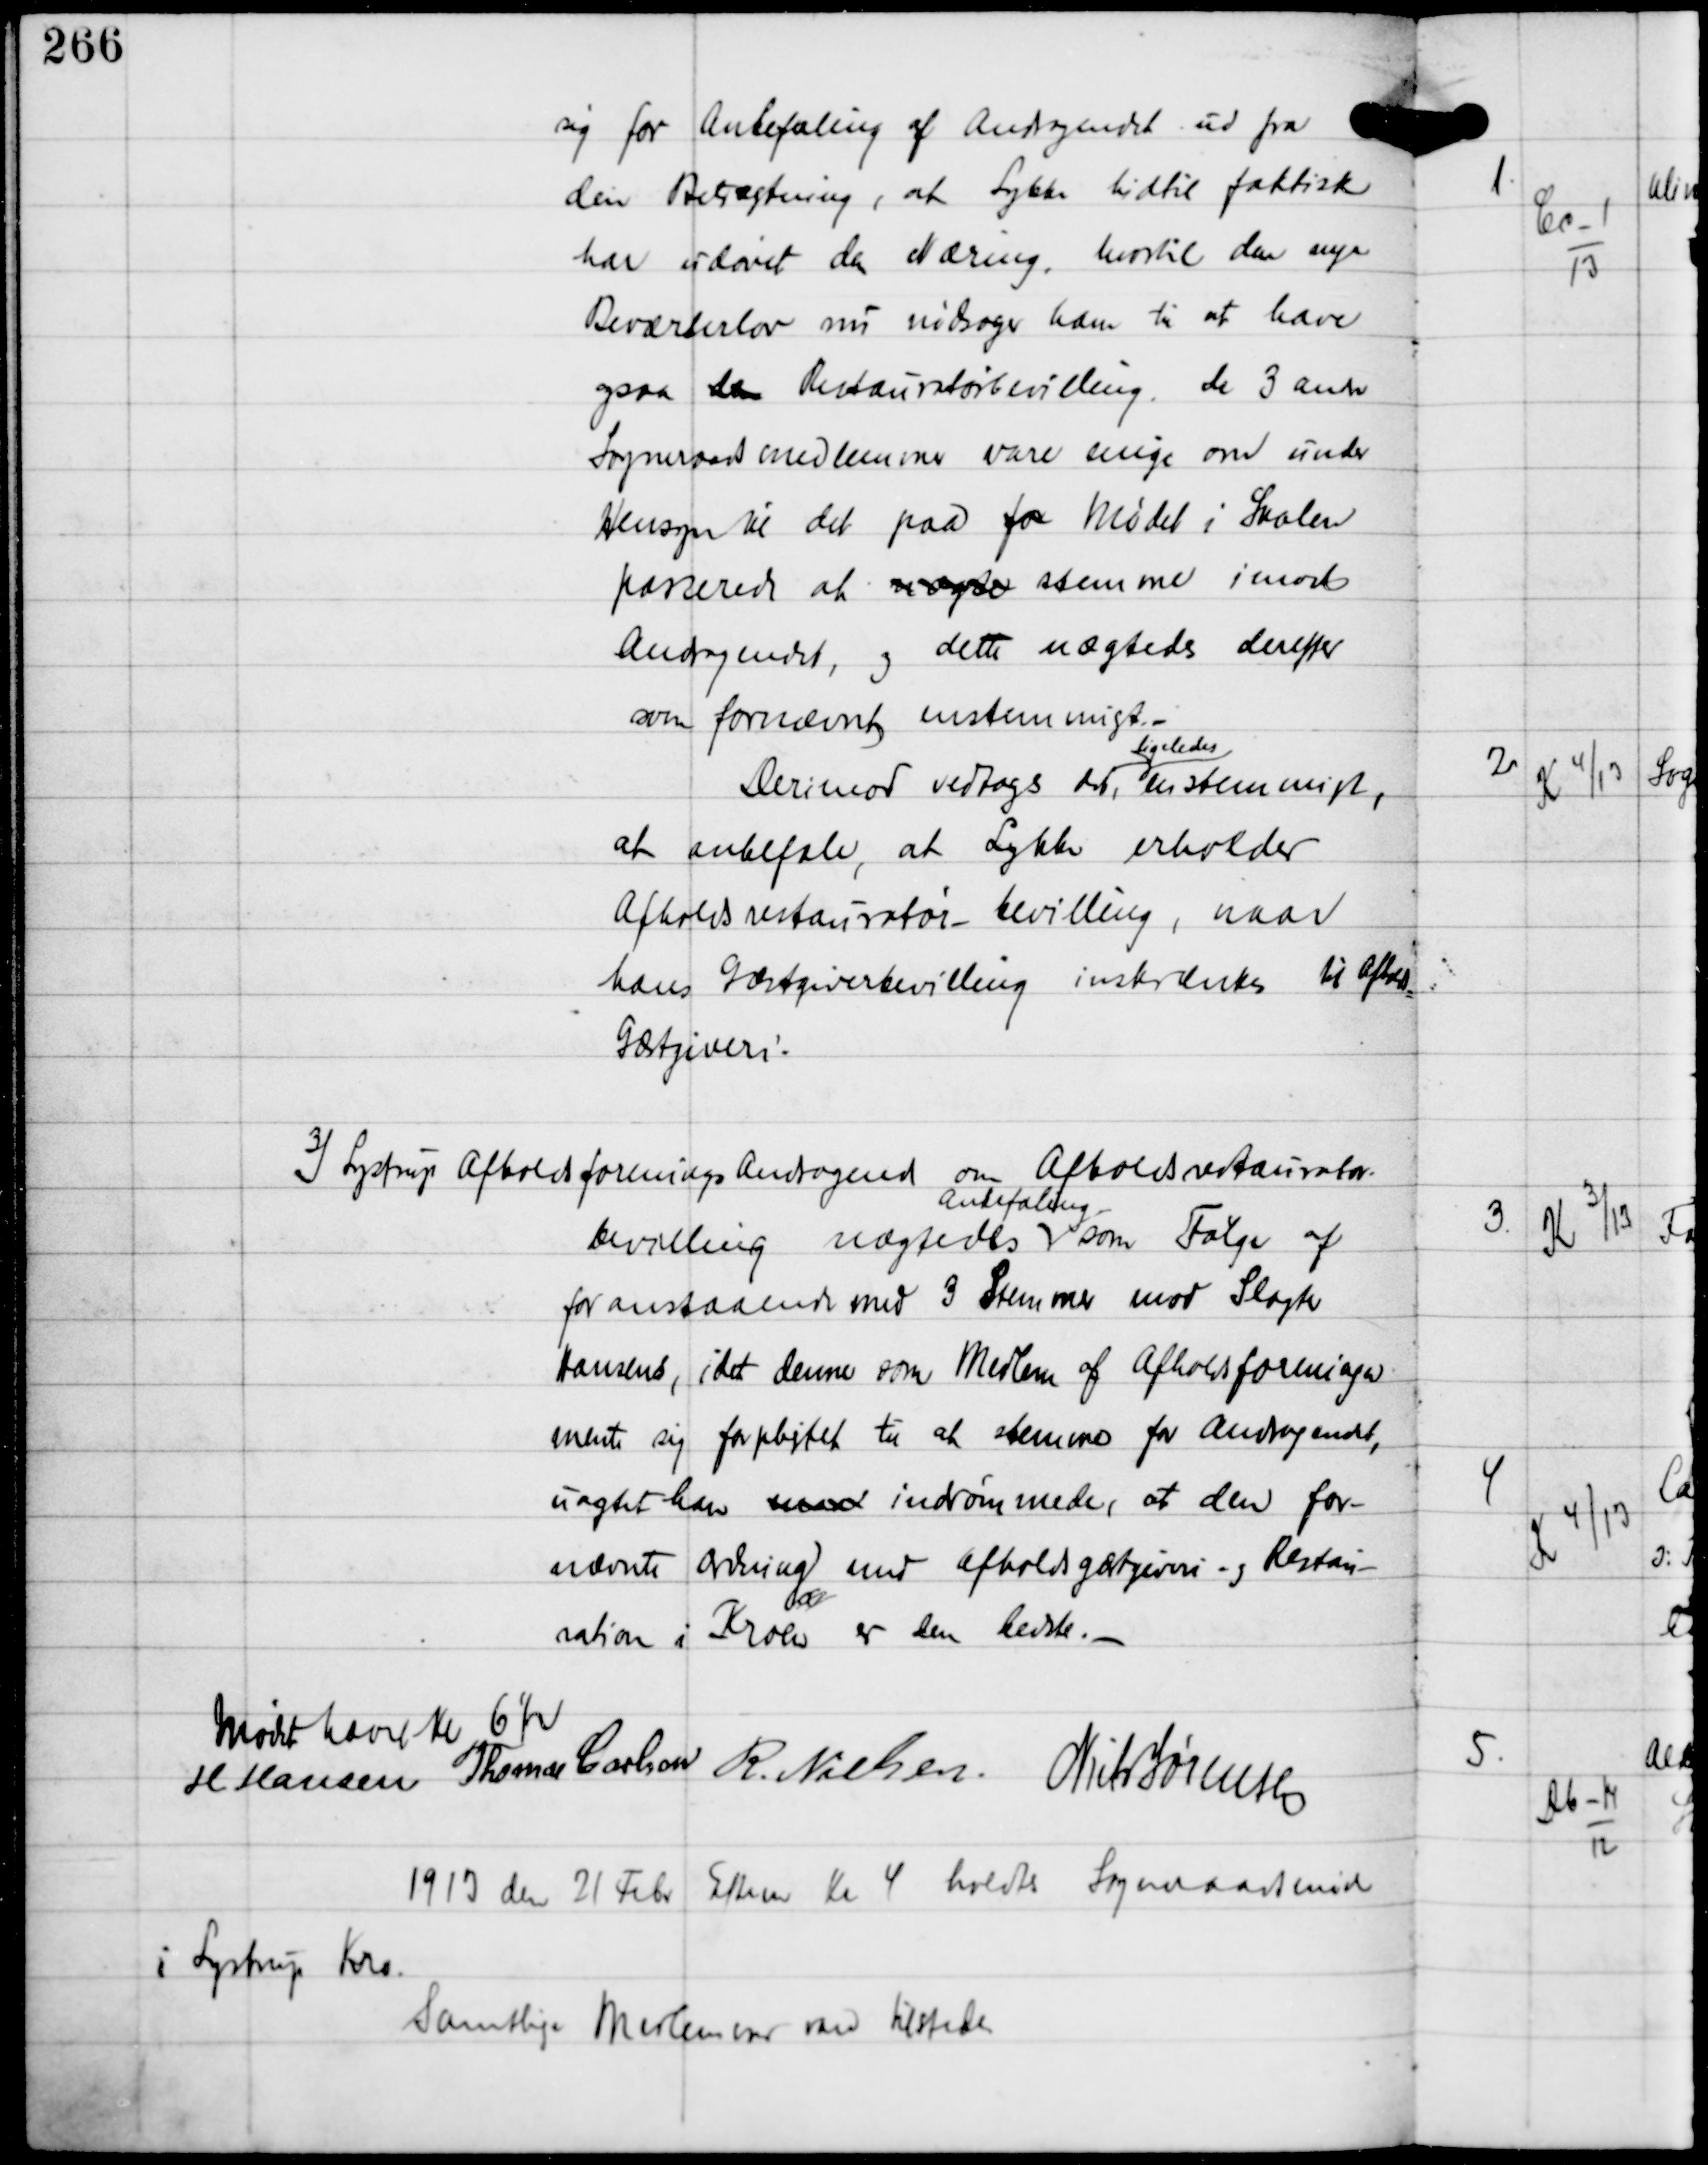
Transskription:
sig for Anbefaling af Andragendet ud fra
den Betragtning, at Lykke hidtil faktisk
har udøvet den Næring, hvortil den nye
Beværterlov nu nødsager ham til at have
ogsaa den Restauratørbevilling de 3 andre
Sogneraadsmedlemmer vare enige om under
Hensyn til det paa for Mødet i Skolen
passerede at nægte stemme imod
Andragendet, og dette nægtedes derefter
som fornævnte enstemmigt. -
Derimod vedtoges det
ligeledes
enstemmigt,
at anbefale, at Lykke erholder
Afholdsrestauratør-bevilling, naar
hans Gæstgiverbevilling inskrænkes til Afholds
Gæstgiveri.

3) Lystrup Afholdsforenings Andragende om Afholdsrestauratør-
bevilling nægtedes
Anbefaling
som Følge af
foranstaaende med 3 Stemmer mod Slagter
Hansens, idet denne som Medlem af Afholdsforeningen
mente sig forpligtet til at stemme for Andragendet,
uagtet han med indrømmede, at den for-
nævnte Ordning med Afholdsgæstgiveri og Restau-
a
ration i Kroen er den bedste. -

Mødet hævet Kl 6½
H Hansen Thomas Carlsen R Nielsen Niels Sørensen

1913 den 21 Febr Efterm Kl 4 holdtes Sogneraadsmøde
i Lystrup Kro
Samtlige Medlemmer vare tilstede